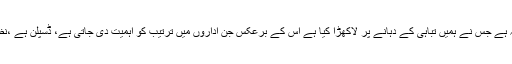
یہ ایسا المیہ ہے جس نے ہمیں تباہی کے دہانے پر لاکھڑا کیا ہے اس کے برعکس جن اداروں میں ترتیب کو اہمیت دی جاتی ہے، ڈسپلن ہے ،نظم و ضبط ۔